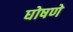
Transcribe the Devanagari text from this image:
घोषणे